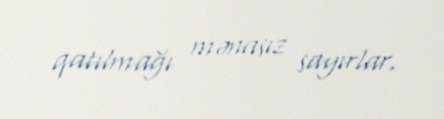
qatılmağı mənasız sayırlar.